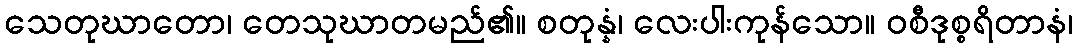
သေတုဃာတော၊ တေသုဃာတမည်၏။ စတုန္နံ၊ လေးပါးကုန်သော။ ဝစီဒုစ္စရိတာနံ၊